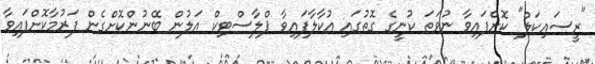
"ރީސައިކަލް" ކޮށްފައިވާ ނުވަތަ ކުނީގެ ގޮތުގައި އުކާލާފައިވާ ޕްލާސްޓިކް އަލުން ބޭނުންކޮށްގެން ފަރުމާކޮށްފައިވާ